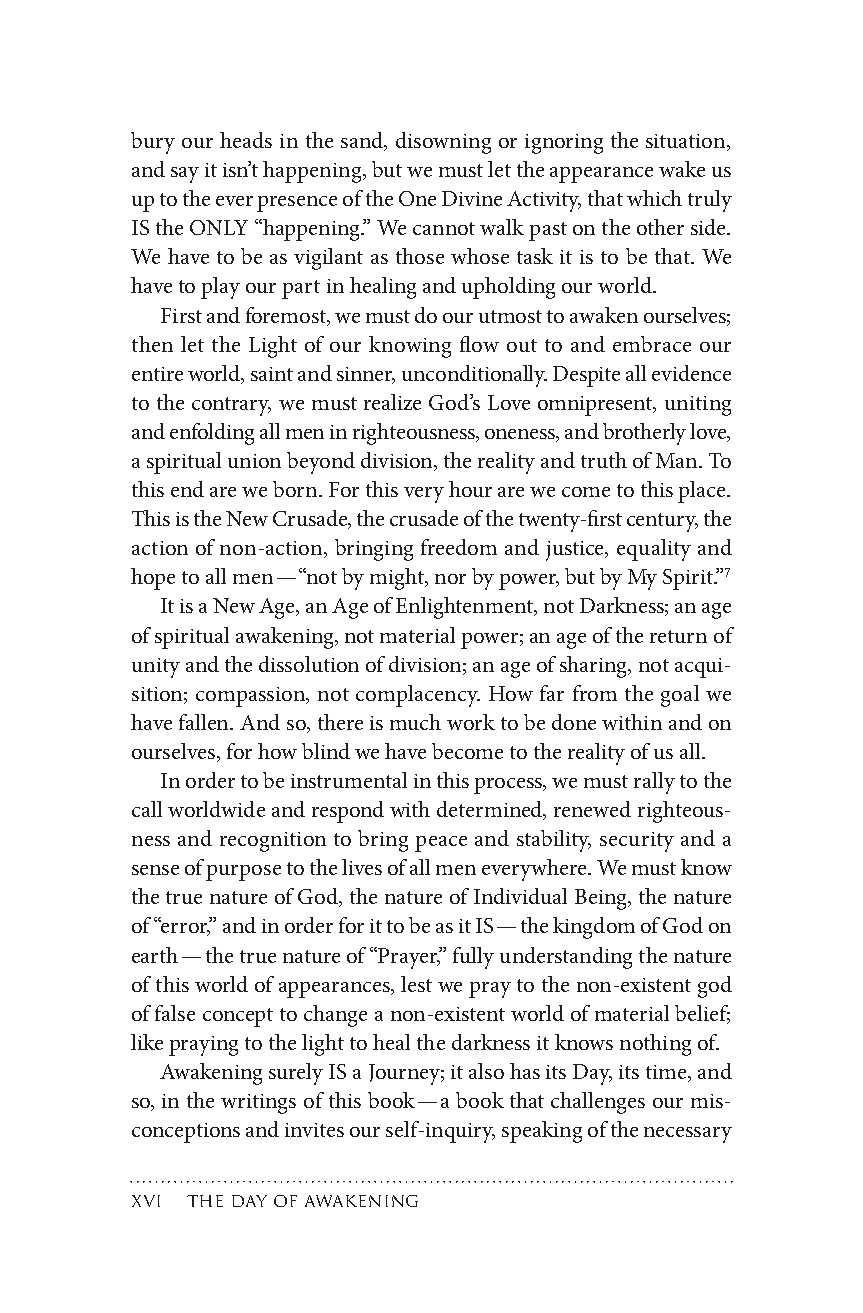
bury our heads in the sand, disowning or ignoring the situation,
 andsayitisn’thappening,butwemustlettheappearancewakeus
 uptotheeverpresenceoftheOneDivineActivity,thatwhichtruly
 IStheONLY“happening.”Wecannotwalkpastontheotherside.
 We have to be as vigilant as those whose task it is to be that. We
 havetoplayourpartinhealingandupholdingourworld.
 Firstandforemost,wemustdoourutmosttoawakenourselves;
 then let the Light of our knowing flow out to and embrace our
 entireworld,saintandsinner,unconditionally.Despiteallevidence
 to the contrary, we must realize God’s Love omnipresent, uniting
 andenfoldingallmeninrighteousness,oneness,andbrotherlylove,
 aspiritualunionbeyonddivision,therealityandtruthofMan.To
 thisendareweborn.Forthisveryhourarewecometothisplace.
 ThisistheNewCrusade,thecrusadeofthetwenty-firstcentury,the
 action of non-action, bringing freedom and justice, equality and
 hopetoallmen—“notbymight,norbypower,butbyMySpirit.”7
 ItisaNewAge,anAgeofEnlightenment,notDarkness;anage
 ofspiritualawakening,notmaterialpower;anageofthereturnof
 unityandthedissolutionofdivision;anageofsharing,notacqui-
 sition; compassion, not complacency. How far from the goal we
 havefallen.Andso,thereismuchworktobedonewithinandon
 ourselves,forhowblindwehavebecometotherealityofusall.
 Inordertobeinstrumentalinthisprocess,wemustrallytothe
 callworldwideandrespondwithdetermined,renewedrighteous-
 ness and recognition to bring peace and stability, security and a
 senseofpurposetothelivesofallmeneverywhere.Wemustknow
 thetruenatureofGod,thenatureofIndividualBeing,thenature
 of“error,”andinorderforittobeasitIS—thekingdomofGodon
 earth—thetruenatureof“Prayer,”fullyunderstandingthenature
 ofthisworldofappearances,lestwepraytothenon-existentgod
 offalseconcepttochangeanon-existentworldofmaterialbelief;
 likeprayingtothelighttohealthedarknessitknowsnothingof.
 AwakeningsurelyISaJourney;italsohasitsDay,itstime,and
 so,inthewritingsofthisbook—abookthatchallengesourmis-
 conceptionsandinvitesourself-inquiry,speakingofthenecessary
 x thedayofawakening